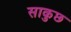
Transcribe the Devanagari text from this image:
साकुछ